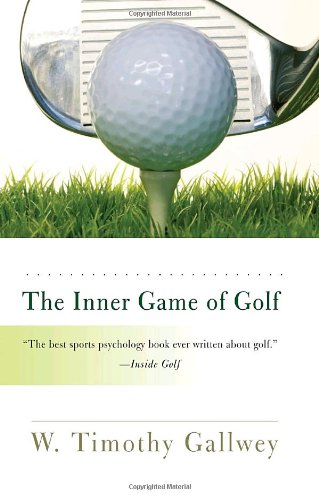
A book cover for The Inner Game of Golf; W. Timothy Gallwey; Sports & Outdoors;